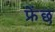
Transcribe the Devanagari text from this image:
फ्रेंछ